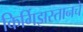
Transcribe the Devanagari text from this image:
किर्गिझस्तानचे